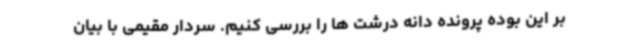
بر این بوده پرونده دانه درشت ها را بررسی کنیم. سردار مقیمی با بیان